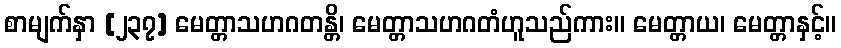
စာမျက်နှာ [၂၃၇] မေတ္တာသဟဂတန္တိ၊ မေတ္တာသဟဂတံဟူသည်ကား။ မေတ္တာယ၊ မေတ္တာနှင့်။